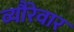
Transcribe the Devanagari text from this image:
व्यौरेवार